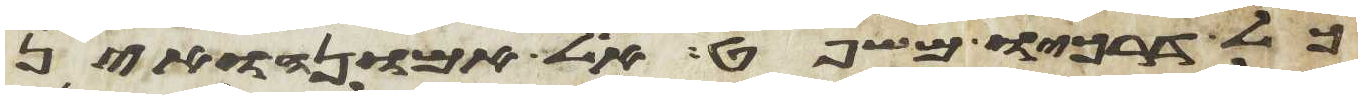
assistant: כל דרכיו משפט אל אמונה ואין